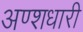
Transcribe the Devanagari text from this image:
अण्शधारी